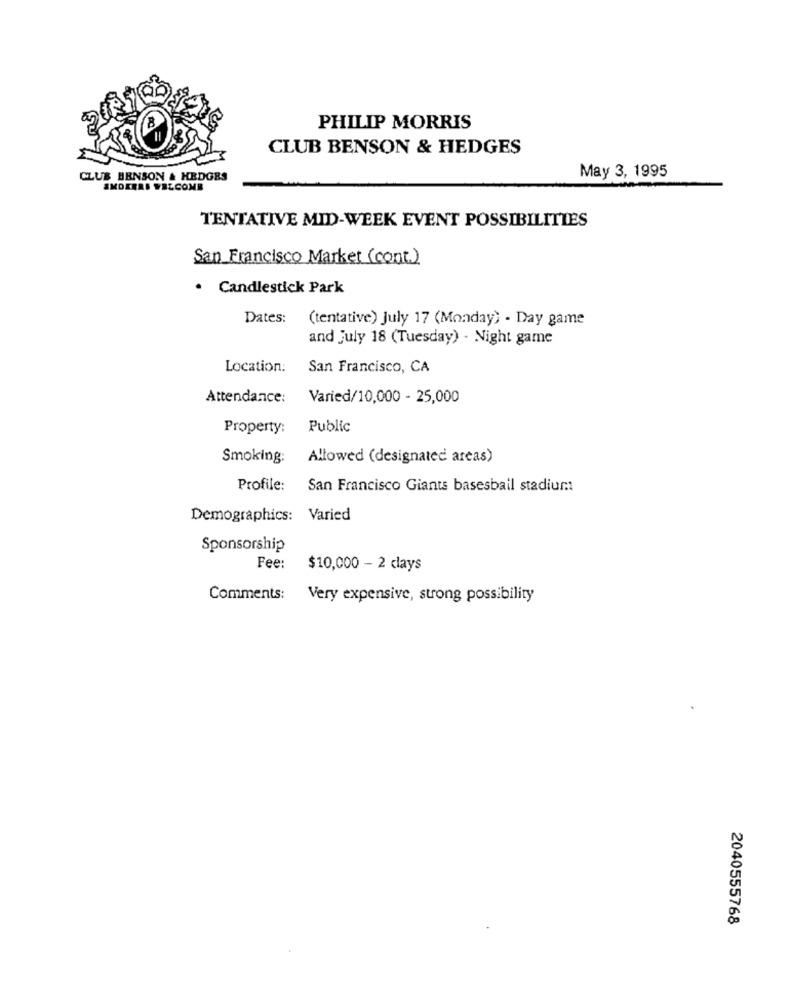
PHILIP MORRIS
CLUB BENSON & HEDGES
CLUB BENSON & HEDGES
May 3, 1995
SMOKERS WELCOME
TENTATIVE MID-WEEK EVENT POSSIBILITIES
San Francisco Market (cont)
· Candlestick Park
Dates: (tentative) July 17 (Monday) - Day game
and july 18 (Tuesday) - Night game
Location:
San Francisco, CA
Attendance:
Varied/10,000 - 25,000
Property:
Public
Smoking:
Allowed (designated areas)
Profile:
San Francisco Giants basesbail stadium
Demographics: Varied
Sponsorship
Fee:
$10,000 - 2 clays
Comments:
Very expensive, strong possibility
2040555768